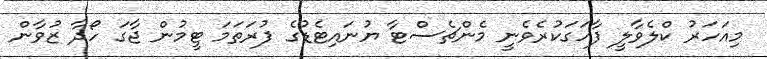
މިއަހަރު ކްލެވާލީ ފާހަގަކުރެވެނީ މެންޗެސްޓާ ޔުނައިޓެޑުގެ ފުރަތަމަ ޓީމުން ޖާގަ ހޯދާ ޒުވާން